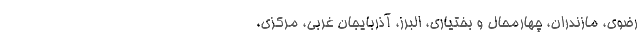
رضوی، مازندران، چهارمحال و بختیاری، البرز، آذربایجان غربی، مرکزی،